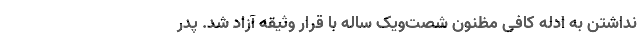
‌نداشتن به ادله کافی مظنون شصت‌ویک ساله با قرار وثیقه آزاد شد. پدر